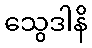
သွေဒါနိ